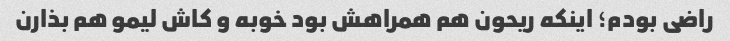
راضی بودم؛ اینکه ریحون هم همراهش بود خوبه و کاش لیمو هم بذارن